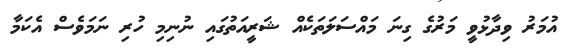
އުމަރު ވިދާޅުވީ މަރުގެ ގިނަ މައްސަލަތަކެއް ޝަރީއަތުގައި ނުނިމި ހުރި ނަމަވެސް އެކަމާ